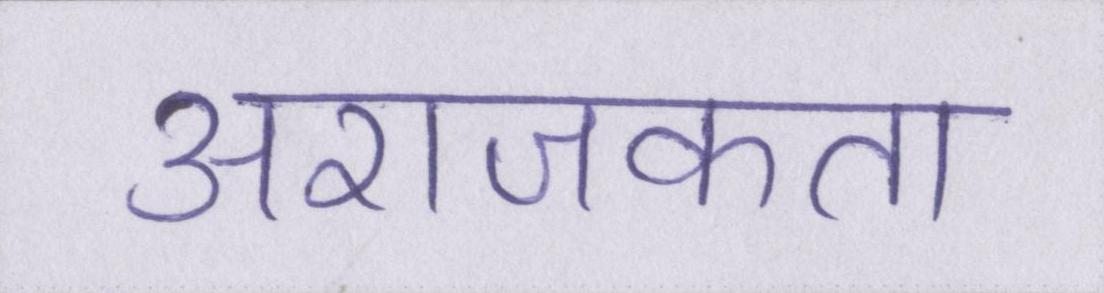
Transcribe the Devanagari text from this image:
अराजकता